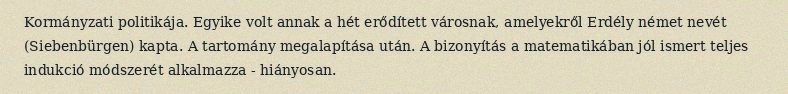
Kormányzati politikája. Egyike volt annak a hét erődített városnak, amelyekről Erdély német nevét (Siebenbürgen) kapta. A tartomány megalapítása után. A bizonyítás a matematikában jól ismert teljes indukció módszerét alkalmazza - hiányosan.